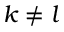
k \neq l